Report on horse surra - Volume II, Part I
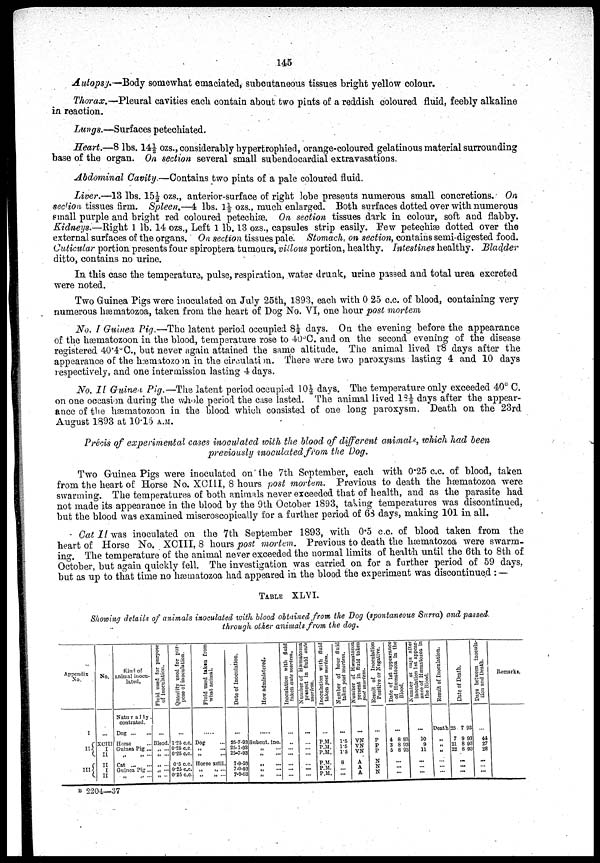
145
Autopsy.—Body somewhat emaciated, subcutaneous tissues bright yellow colour.
Thorax.—Pleural cavities each contain about two pints of a reddish coloured fluid, feebly alkaline
in reaction.
Lungs.—Surfaces petechiated.
Heart.—8 lbs. 14½ ozs., considerably hypertrophied, orange-coloured gelatinous material surrounding
base of the organ. On section several small subendocardial extravasations.
Abdominal Cavity.—Contains two pints of a pale coloured fluid.
Liver.—13 lbs. 15½ ozs., anterior-surface of right lobe presents numerous small concretions. On
section tissues firm. Spleen.—4 lbs. 1½ ozs., much enlarged. Both surfaces dotted over with numerous
small purple and bright red coloured petechiæ. On section tissues dark in colour, soft and flabby.
Kidneys.—Right 1 lb. 14 ozs., Left 1 lb. 13 ozs., capsules strip easily. Few petechiæ dotted over the
external surfaces of the organs. On section tissues pale. Stomach, on section, contains semi-digested food.
Cuticular portion presents four spiroptera tumours, villous portion, healthy. Intestines healthy. Bladder
ditto, contains no urine.
In this case the temperature, pulse, respiration, water drunk, urine passed and total urea excreted
were noted.
Two Guinea Pigs were inoculated on July 25th, 1893, each with 0 25 c.c. of blood, containing very
numerous hæmatozoa, taken from the heart of Dog No. VI, one hour post mortem
No. I Guinea Pig.—The latent period occupied 8½ days. On the evening before the appearance
of the hæmatozoon in the blood, temperature rose to 40°C. and on the second evening of the disease
registered 40.4°C., but never again attained the same altitude. The animal lived 18 days after the
appearance of the hæmatozoon in the circulation. There were two paroxysms lasting 4 and 10 days
respectively, and one intermission lasting 4 days.
No. II Guinea Pig.—The latent period occupied 10½ days. The temperature only exceeded 40° C.
on one occasion during the whole period the case lasted. The animal lived 18½ days after the appear-
ance of the hæmatozoon in the blood which consisted of one long paroxysm. Death on the 23rd
August 1893 at 10.15 A.M.
Précis of experimental cases inoculated with the blood of different animals, which had been
previously inoculated from the Dog.
Two Guinea Pigs were inoculated on the 7th September, each with 0.25 c.c. of blood, taken
from the heart of Horse No. XCIII, 8 hours post mortem. Previous to death the hæmatozoa were
swarming. The temperatures of both animals never exceeded that of health, and as the parasite had
not made its appearance in the blood by the 9th October 1893, taking temperatures was discontinued,
but the blood was examined miscroscopically for a further period of 63 days, making 101 in all.
Cat II was inoculated on the 7th September 1893, with 0.5 c.c. of blood taken from the
heart of Horse No. XCIII, 8 hours post mortem. Previous to death the hæmatozoa were swarm-
ing. The temperature of the animal never exceeded the normal limits of health until the 6th to 8th of
October, but again quickly fell. The investigation was carried on for a further period of 59 days,
but as up to that time no hæmatozoa had appeared in the blood the experiment was discontinued : —
TABLE XLVI.
Showing details of animals inoculated with blood obtained from the Dog (spontaneous Surra) and passed
through other animals from the dog.
Appendix
No.
I
II{
III{
No.
...
XCIII
I
II
II
I
II
Kind of
animal inocu-
lated.
Naturally,
contrated.
Dog
Horse ...
Guinea Pig ...
„ „ ...
Cat
Guinea Pig ...
„ „ ...
Fluid used for purpose
of inoculation.
...
Blood.
„ ...
Quantity used for pur-
pose of inoculation.
...
1.25 c.c.
0.25 c.c.
0.25 c.c.
0.5 c.c.
0.25 c.c.
0.25 c.c.
Fluid used taken from
what animal.
...
Dog
„
„
Horse xclii.
„ „ ...
„ „ ...
Date of Inoculation.
...
25-7-93
25-7-93
25-7-93
7-9-93
7-9-93
7-9-93
How administered.
...
Subcut. ino
„
„
„
„
Inoculation with fluid
taken ante mortem.
...
...
...
...
Number of Hæmatozoa
present in fluid ante
mortem.
...
...
...
...
...
...
...
Inoculation with fluid
taken post mortem.
P.M.
P.M.
P.M.
P.M.
P.M.
P.M.
Number of hour fluid
taken post mortem.
...
1.5
1.5
1.5
8
... ...
Number of Hæmatozoa
present in fluid taken
post mortem.
...
VN
VN
VN
A
A
A
Result of Inoculation
Positive or Negative.
...
P
P
P
N
N
N
Date of 1st appearance
of Hæmatozoa
in the
Blood.
...
4 8 93
3 8 93
5 8 93
...
...
...
Number of days after
inoculation 1st appear-
ance of Hæmatozoa in
the Blood.
...
10
9
11
...
... ...
Result of Inoculation.
Death
„
„
„
...
...
...
Date of Death.
25 7 93
7 9 93
21 8 93
22 8 93
...
...
...
Days between inocula-
tion and Death.
Remarks.
...
44
27
28
...
...
...
B 2204—37